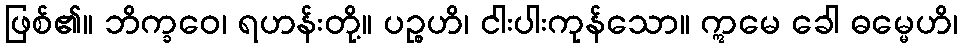
ဖြစ်၏။ ဘိက္ခဝေ၊ ရဟန်းတို့။ ပဉ္စဟိ၊ ငါးပါးကုန်သော။ ဣမေ ခေါ ဓမ္မေဟိ၊